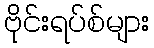
ဗိုင်းရပ်စ်များ